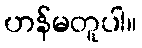
ဟန်မတူပါ။